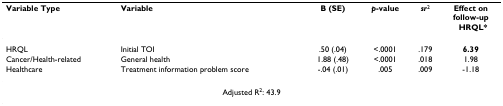
<table><thead><tr><td><b>Variable Type</b></td><td><b>Variable</b></td><td><b>B (SE)</b></td><td><b><i>p</i>-value</b></td><td><b><i>sr</i><sup>2</sup></b></td><td><b>Effect onfollow-upHRQL*</b></td></tr></thead><tbody><tr><td>HRQL</td><td>Initial TOI</td><td>.50 (.04)</td><td>&lt;.0001</td><td>.179</td><td><b>6.39</b></td></tr><tr><td>Cancer/Health-related</td><td>General health</td><td>1.88 (.48)</td><td>&lt;.0001</td><td>.018</td><td>1.98</td></tr><tr><td>Healthcare</td><td>Treatment information problem score</td><td>-.04 (.01)</td><td>.005</td><td>.009</td><td>-1.18</td></tr><tr><td colspan="6">Adjusted R<sup>2</sup>: 43.9</td></tr></tbody></table>